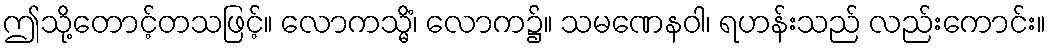
ဤသို့တောင့်တသဖြင့်။ လောကသ္မိံ၊ လောက၌။ သမဏေနဝါ၊ ရဟန်းသည် လည်းကောင်း။